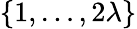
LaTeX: \left\{ 1,\ldots,2\lambda\right\}